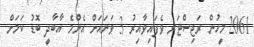
2061 މީހުން ރަޖިސްޓަރ ވެފައިވާއިރު 3 ވަނައަށް އެންމެ އާބާދީ ބޮޑު ކަމަށް